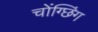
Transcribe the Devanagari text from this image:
चोंग्छिंग